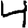
Digit: 4